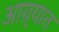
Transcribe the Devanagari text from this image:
आग्र्यात